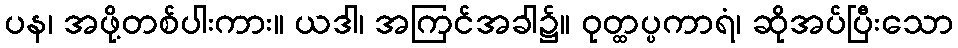
ပန၊ အဖို့တစ်ပါးကား။ ယဒါ၊ အကြင်အခါ၌။ ဝုတ္ထပ္ပကာရံ၊ ဆိုအပ်ပြီးသော